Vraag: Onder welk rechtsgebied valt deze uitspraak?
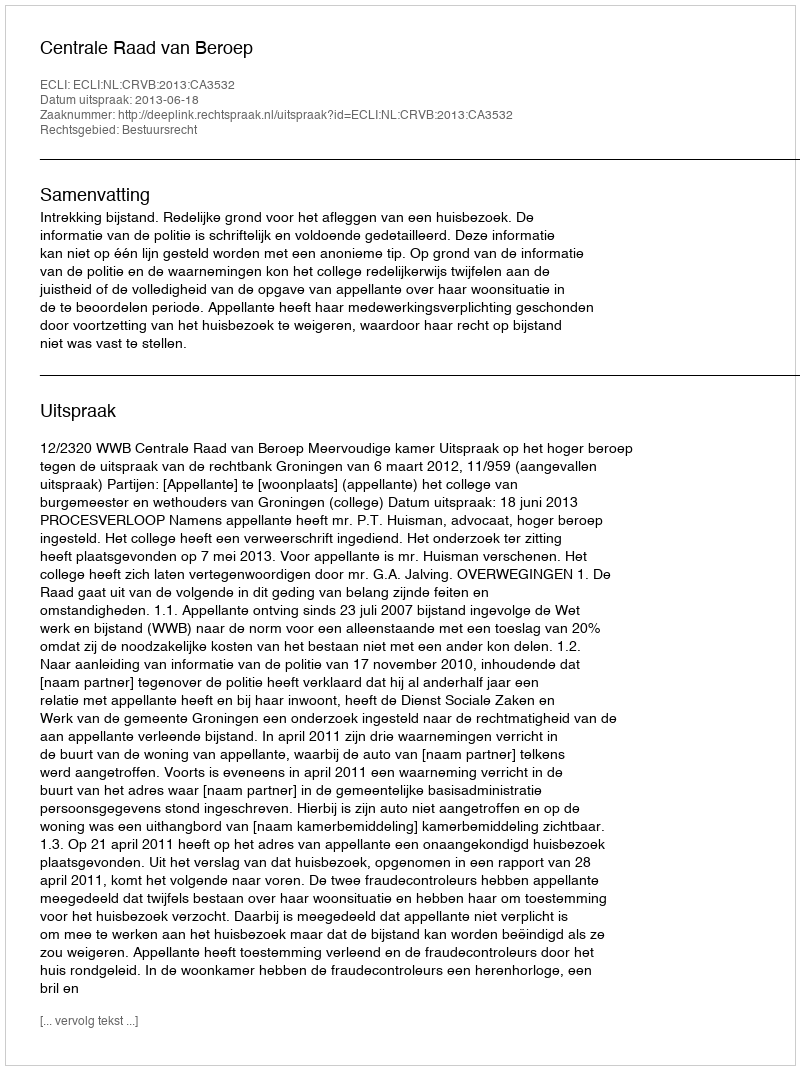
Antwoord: Bestuursrecht